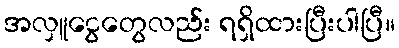
အလှူငွေတွေလည်း ရရှိထားပြီးပါပြီ။